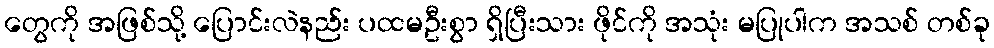
တွေကို အဖြစ်သို့ ပြောင်းလဲနည်း ပထမဦးစွာ ရှိပြီးသား ဖိုင်ကို အသုံး မပြုပါက အသစ် တစ်ခု